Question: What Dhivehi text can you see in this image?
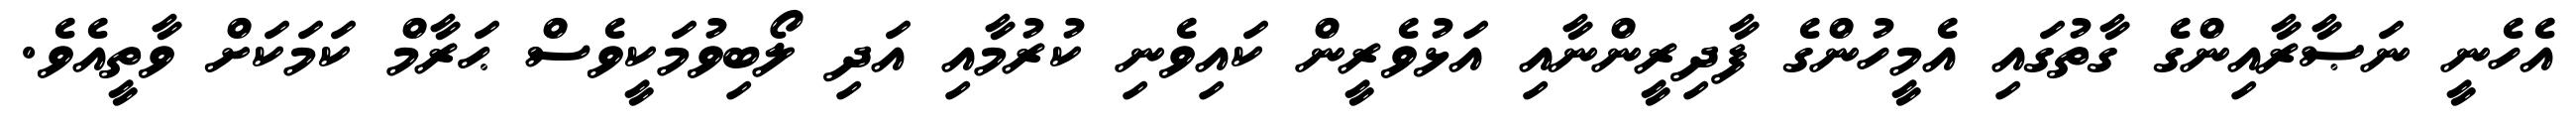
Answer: އެހެނީ ނަޞާރާއިންގެ ގާތުގައި އެމީހުންގެ ފާދިރީންނާއި އަޅުވެރީން ކައިވެނި ކުރުމާއި އަދި ލޯބިވުމަކީވެސް ޙަރާމް ކަމަކަށް ވާތީއެވެ.